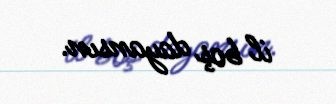
il boş dayansın.